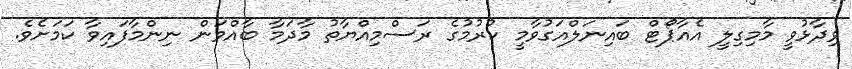
ވިދާޅުވީ މާމިގިލީ އެއާޕޯޓް ބައިނަލްއަގުވާމީ ކުރުމުގެ ރަސްމިއްޔާތު މާދަމާ ބާއްވަން ނިންމާފައިވާ ކަމަށެވެ.